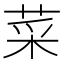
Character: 菜